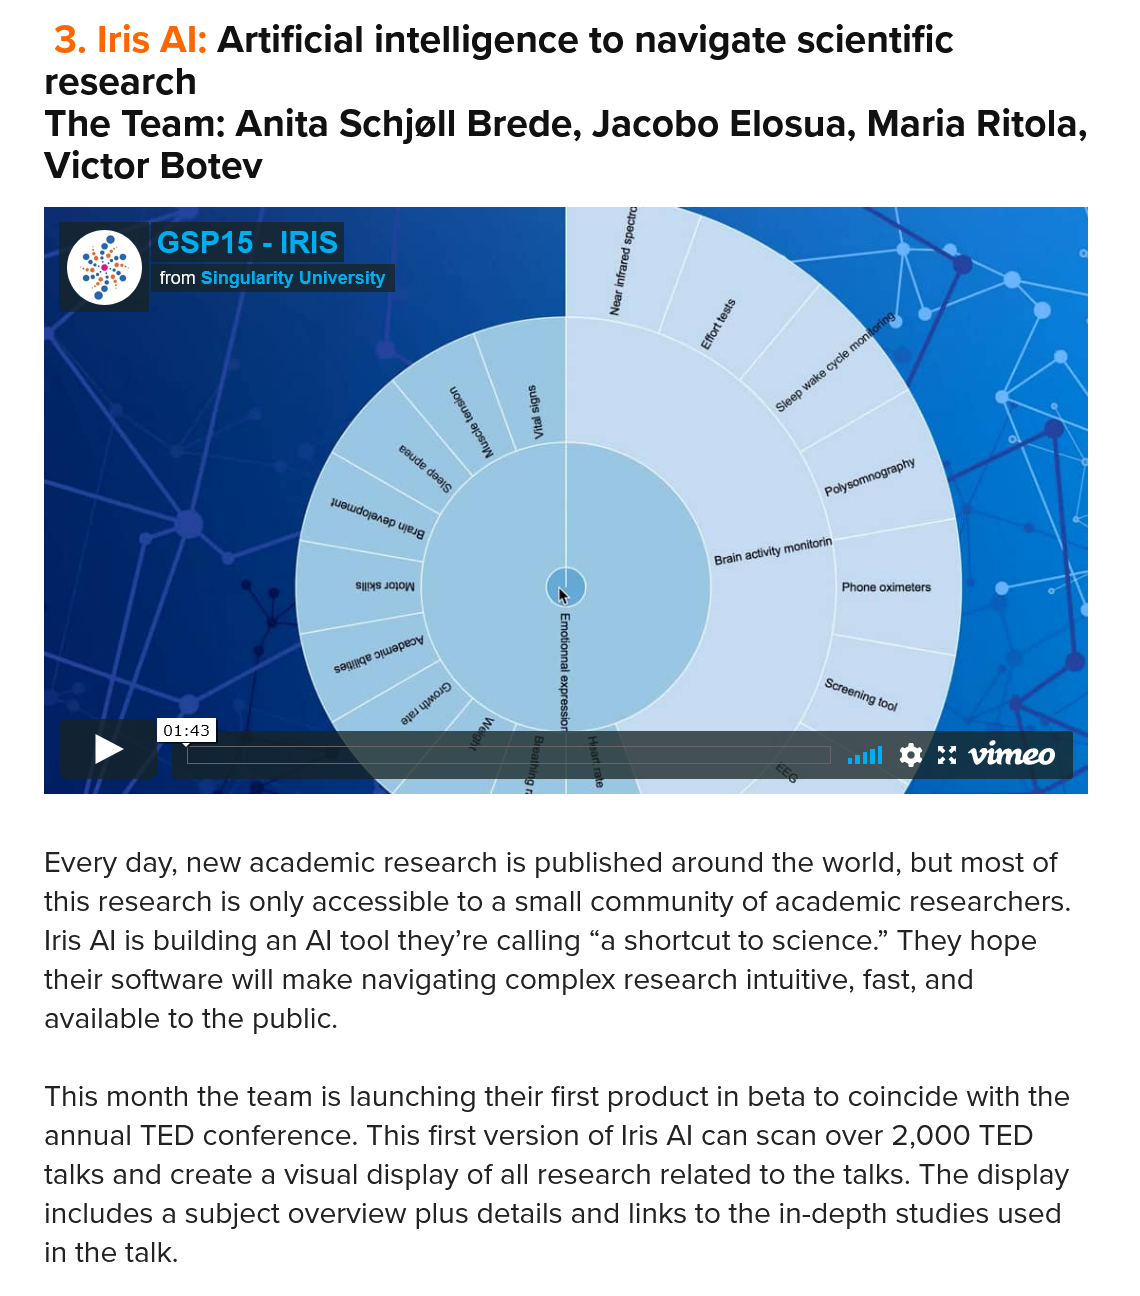
3. Iris Al: Artificial intelligence to navigate   scientific
    research
    The  Team: Anita   Schjoll  Brede,  Jacobo    Elosua,  Maria  Ritola,
   Victor  Botev
     GSP15 - IRIS
     Sires Cm  CU TLS Sires Cm CU TLS
     (ess) i ea adh
    Every day, new academic research is published around the world, but most of
   this research is only accessible to a small community of academic researchers.
    Iris Al is building an Al tool they’re calling “a shortcut to science.” They hope
   their software will make navigating complex research intuitive, fast, and
    available to the public.
    This month the team is launching their first product in beta to coincide with the
    annual TED conference. This first version of Iris Al can scan over 2,000 TED
   talks and create a visual display of all research related to the talks. The display
    includes a subject overview plus details and links to the in-depth studies used
    in the talk.